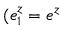
( e _ { 1 } ^ { z } = e ^ { z }